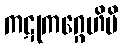
ကဋုကဂ္ဂေဟိပိ